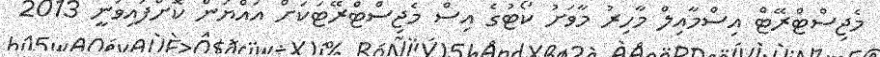
މެޖިސްޓްރޭޓް އިސްމާއިލް މާހިރު މާވަށު ކޯޓުގެ އިސް މެޖިސްޓްރޭޓަކަށް އައްޔަން ކޮށްފައިވަނީ 2013